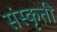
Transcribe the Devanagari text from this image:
संस्कृती